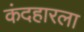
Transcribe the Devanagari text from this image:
कंदहारला